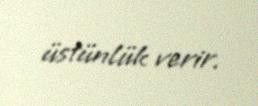
üstünlük verir.